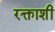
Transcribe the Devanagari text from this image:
रक्ताशी